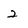
Character: 2